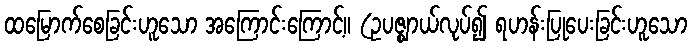
ထမြောက်စေခြင်းဟူသော အကြောင်းကြောင့်။ (ဥပဇ္ဈာယ်လုပ်၍ ရဟန်းပြုပေးခြင်းဟူသော